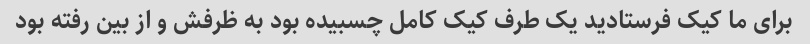
برای ما کیک فرستادید یک طرف کیک کامل چسبیده بود به ظرفش و از بین رفته بود